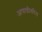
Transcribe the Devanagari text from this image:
आघाडीवरिल